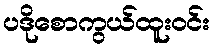
ပဒိုစောကွယ်ထူးဝင်း